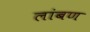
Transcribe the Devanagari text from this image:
लांबण